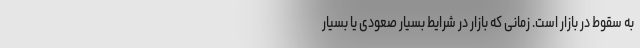
به سقوط در بازار است. زمانی که بازار در شرایط بسیار صعودی یا بسیار